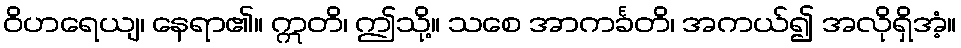
ဝိဟရေယျ၊ နေရာ၏။ ဣတိ၊ ဤသို့။ သစေ အာကင်္ခတိ၊ အကယ်၍ အလိုရှိအံ့။